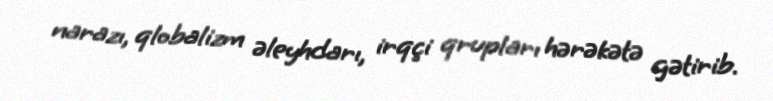
narazı, qlobalizm əleyhdarı, irqçi qrupları hərəkətə gətirib.